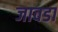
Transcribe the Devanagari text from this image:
जावडा